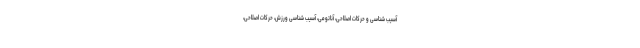
آسیب شناسی و حرکات اصلاحی، آناتومی، آسیب شناسی ورزش، حرکات اصلاحی،